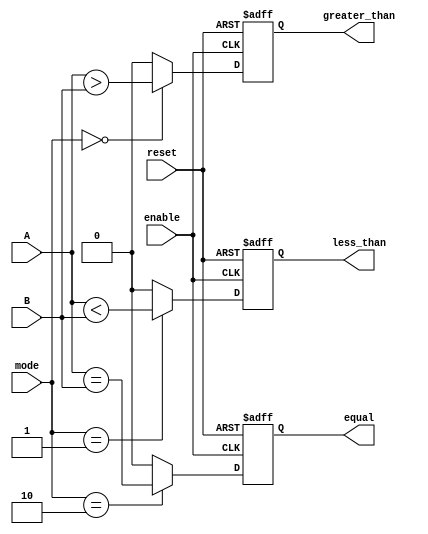
module ParameterizedComparator #(
    parameter N = 8 // Default width of the input vectors
)(
    input wire [N-1:0] A,           // Input vector A
    input wire [N-1:0] B,           // Input vector B
    input wire [1:0] mode,          // Comparison mode: 00 = A > B, 01 = A < B, 10 = A == B
    input wire reset,                // Asynchronous reset
    input wire enable,               // Enable signal
    output reg greater_than,         // Output flag for A > B
    output reg less_than,            // Output flag for A < B
    output reg equal                 // Output flag for A == B
);

    // Asynchronous reset and enable logic
    always @(posedge enable or posedge reset) begin
        if (reset) begin
            greater_than <= 1'b0;
            less_than <= 1'b0;
            equal <= 1'b0;
        end else begin
            // Comparison logic based on mode
            case (mode)
                2'b00: begin // A > B
                    greater_than <= (A > B);
                    less_than <= 1'b0;
                    equal <= 1'b0;
                end
                2'b01: begin // A < B
                    less_than <= (A < B);
                    greater_than <= 1'b0;
                    equal <= 1'b0;
                end
                2'b10: begin // A == B
                    equal <= (A == B);
                    greater_than <= 1'b0;
                    less_than <= 1'b0;
                end
                default: begin
                    greater_than <= 1'b0;
                    less_than <= 1'b0;
                    equal <= 1'b0;
                end
            endcase
        end
    end

endmodule